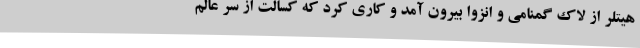
هیتلر از لاک گمنامی و انزوا بیرون آمد و کاری کرد که کسالت از سر عالم